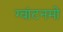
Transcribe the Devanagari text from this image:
ग्वांटनमो